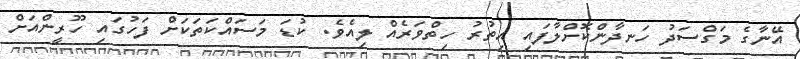
އޭނާގެ މަގްސަދު ހަނދާންކޮށްލާފައި އިތުރު ހިތްވަރެއް ލިއެވެ. ކުޑަ މަސައްކަތަކަށް ފަހުގައި ހޫރީންއަށް